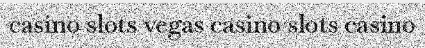
casino slots vegas casino slots casino